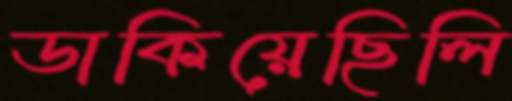
ডাকিয়েছিলি